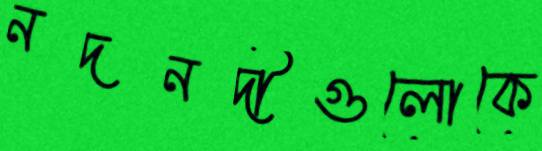
নদনদীগুলোকে